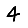
Digit: 4